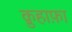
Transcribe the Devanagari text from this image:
क़ुहाफ़ा